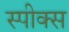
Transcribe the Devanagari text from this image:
स्पीक्स